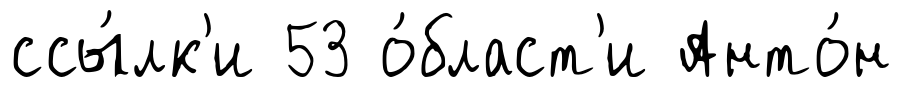
ссы́лк'и 53 о́бласт'и Анто́н